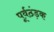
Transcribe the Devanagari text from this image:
पूर्वठंड़क